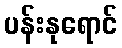
ပန်းနုရောင်